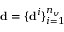
\mathbf { d } = \{ \mathbf { d } ^ { i } \} _ { i = 1 } ^ { n _ { v } }